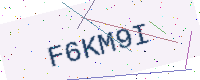
Text: F6KM9I